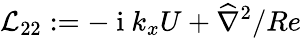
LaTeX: \mathcal{L}_{22}:=-\mathrm{~i~}k_{x}U+\widehat{{\nabla}}^{2}/Re